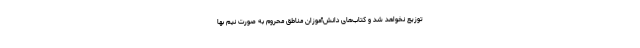
توزیع نخواهد شد و کتاب‌های دانش‌آموزان مناطق محروم به صورت نیم بها